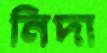
নিদা